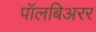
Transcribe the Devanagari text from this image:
पॉलबिअरर